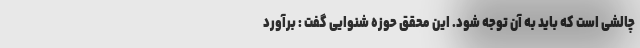
چالشی است که باید به آن توجه شود. این محقق حوزه شنوایی گفت : برآورد